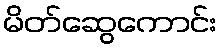
မိတ်ဆွေကောင်း